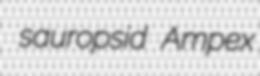
sauropsid Ampex